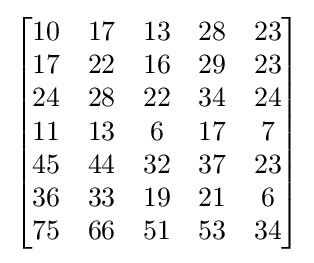
{\begin{bmatrix}10&17&13&28&23\\17&22&16&29&23\\24&28&22&34&24\\11&13&6&17&7\\45&44&32&37&23\\36&33&19&21&6\\75&66&51&53&34\end{bmatrix}}